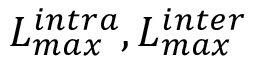
L _ { m a x } ^ { i n t r a } , L _ { m a x } ^ { i n t e r }